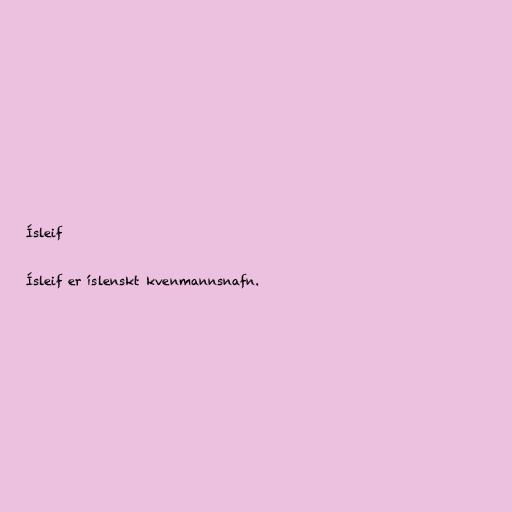
Ísleif

Ísleif er íslenskt kvenmannsnafn.